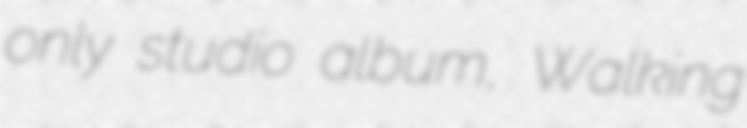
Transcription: only studio album, Walking